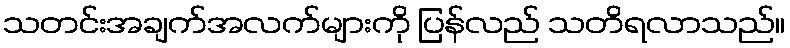
သတင်းအချက်အလက်များကို ပြန်လည် သတိရလာသည်။